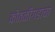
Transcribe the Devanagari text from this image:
कोठळीगडाचा